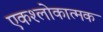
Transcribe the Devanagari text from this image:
एकश्लोकात्मक